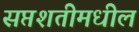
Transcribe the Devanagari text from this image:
सप्तशतीमधील